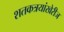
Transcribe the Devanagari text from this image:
शतकत्रयांखेरीज